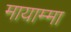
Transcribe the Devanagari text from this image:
मायाम्मा